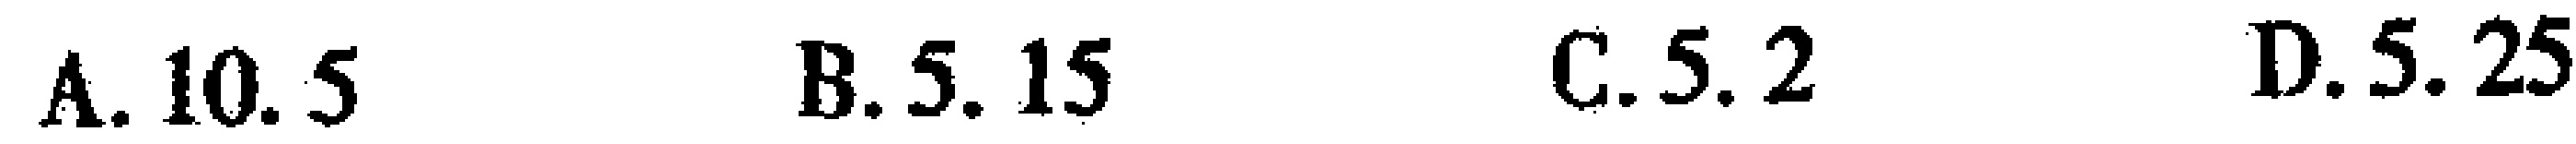
A. \(10.5\)  B. \(5.15\)  C. \(5.2\)  D. \(5.25\)